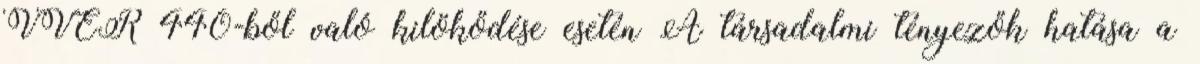
VVER–440-ből való kilökődése esetén A társadalmi tényezők hatása a